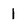
Character: 1